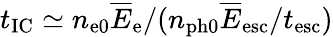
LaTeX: t_{\mathrm{IC}}\simeq n_{\mathrm{e0}}\overline{E}_{\mathrm{e}}/(n_{\mathrm{ph0}}\overline{E}_{\mathrm{esc}}/t_{\mathrm{esc}})